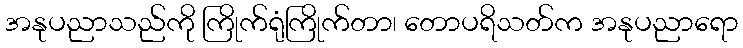
အနုပညာသည်ကို ကြိုက်ရုံကြိုက်တာ၊ တောပရိသတ်က အနုပညာရော